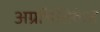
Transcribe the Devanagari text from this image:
अग्रभित्तिकेत